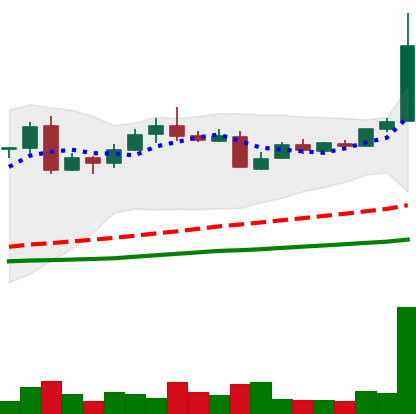
Ticker: LTC-USD
Chart end date: 2016-05-27
Forward return: 5.324%
Label: up_5_7